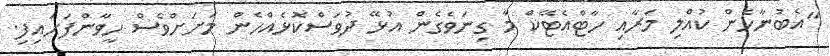
"އެބުނާހެން ކުއްލި މަރާއި ހާޓްއެޓޭކް މާ ގިނަވެގެން އުޅޭ ދުވަސްކޮޅެއްހެން މަށަށްވެސް ހީވާންފަށައިފި.